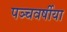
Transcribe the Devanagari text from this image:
पञ्चवर्षीया